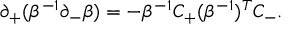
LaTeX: \partial _ { + } ( \beta ^ { - 1 } \partial _ { - } \beta ) = - \beta ^ { - 1 } C _ { + } ( \beta ^ { - 1 } ) ^ { T } C _ { - } .